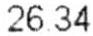
26.34